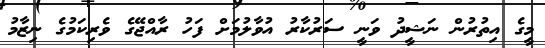
މީގެ އިތުރުން ނަޝީދު ވަނީ ސަރުކާރު އުވާލުމަށް ފަހު ރާއްޖޭގެ ވެރިކަމުގެ ނިޒާމު